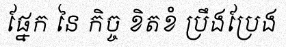
ផ្នែក នៃ កិច្ច ខិតខំ ប្រឹងប្រែង